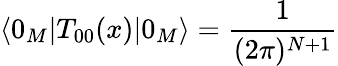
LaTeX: \langle 0_{M}|T_{00}(x)|0_{M}\rangle=\frac{1}{(2\pi)^{N+1}}